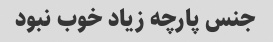
جنس پارچه زیاد خوب نبود